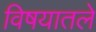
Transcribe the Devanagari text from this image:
विषयातले